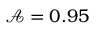
\mathcal { A } = 0 . 9 5